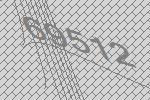
69512